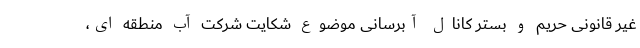
غیر قانونی حریم و بستر کانال آبرسانی موضوع شکایت شرکت آب منطقه ای،